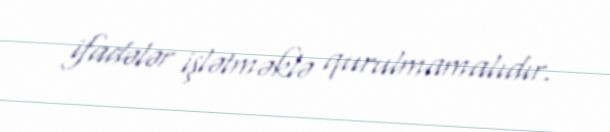
ifadələr işlətməklə qurulmamalıdır.